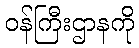
ဝန်ကြီးဌာနကို